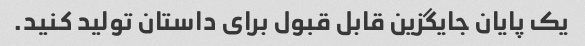
یک پایان جایگزین قابل قبول برای داستان تولید کنید.